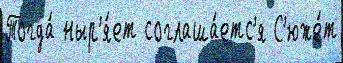
Тогда́ ныр'я́ет соглаша́етс'я С'юже́т